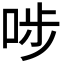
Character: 𠳤